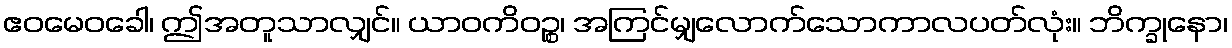
ဧဝမေဝခေါ၊ ဤအတူသာလျှင်။ ယာဝကိဝဉ္စ၊ အကြင်မျှလောက်သောကာလပတ်လုံး။ ဘိက္ခုနော၊